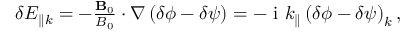
\begin{array} { r } { \delta E _ { \parallel { k } } = - \frac { \mathbf { B } _ { 0 } } { B _ { 0 } } \cdot \nabla \left( \delta \phi - \delta \psi \right) = - \mathrm { ~ i ~ } k _ { \parallel } \left( \delta \phi - \delta \psi \right) _ { k } , } \end{array}